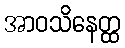
အာဝသိနေတ္ထ